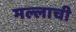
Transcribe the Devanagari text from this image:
मल्लाची